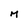
Character: M